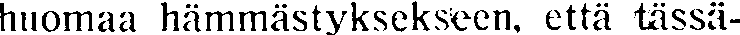
huomaa hämmästyksekseen, että tässä-